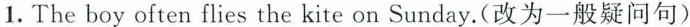
1. The boy often flies the kite on Sunday.(改为一般疑问句)